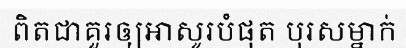
ពិតជាគួរឲ្យអាសូរបំផុត បុរសម្នាក់